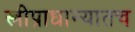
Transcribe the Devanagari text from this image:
स्त्रीप्राधान्यातच